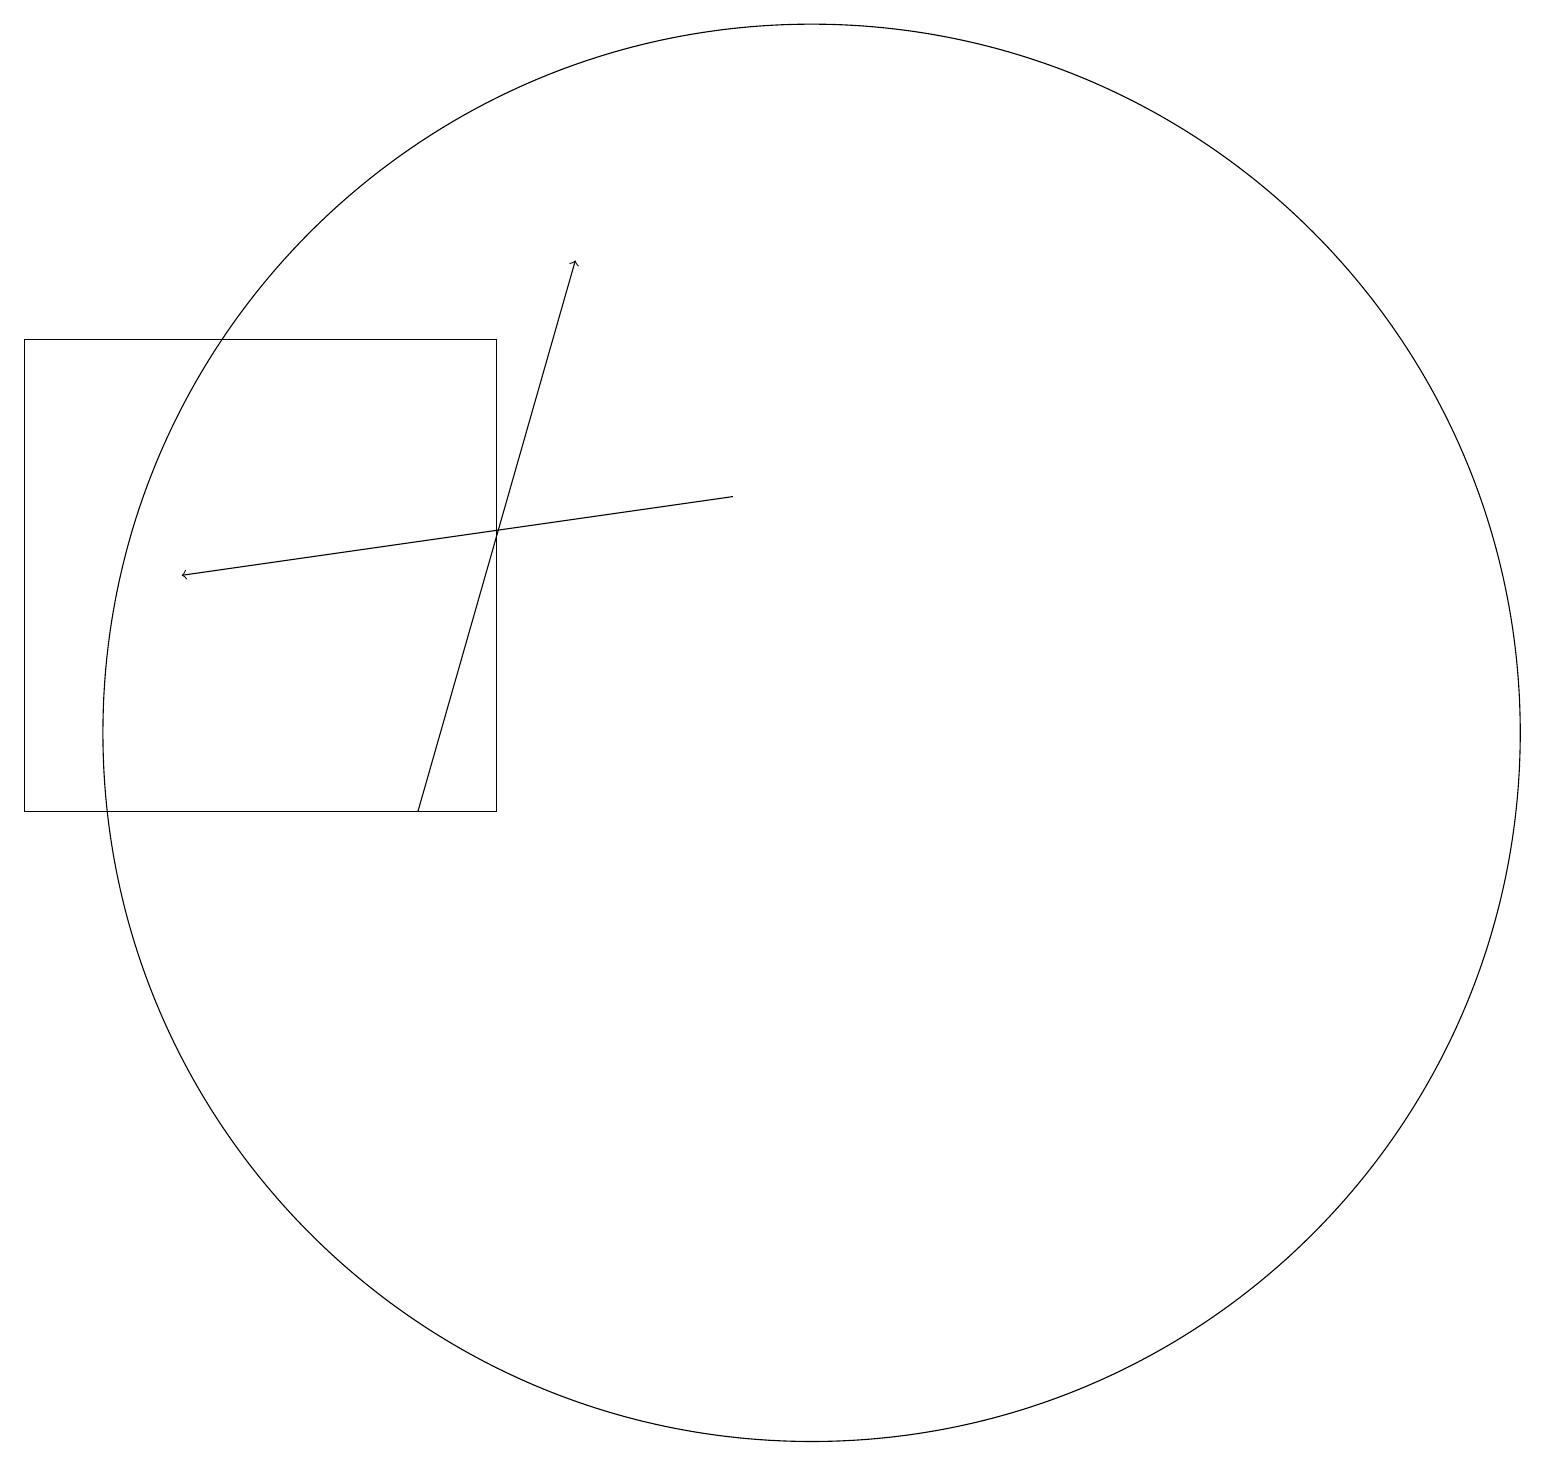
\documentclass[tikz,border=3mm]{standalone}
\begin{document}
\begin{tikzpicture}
\draw (10,11) circle (9);
\draw[->] (5,10) -- (7,17);
\draw[->] (9,14) -- (2,13);
\draw (6,16) rectangle (0,10);
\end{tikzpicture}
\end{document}